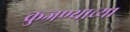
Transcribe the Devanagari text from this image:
कुजण्याच्या